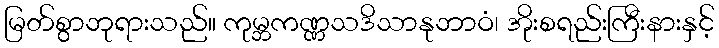
မြတ်စွာဘုရားသည်။ ကုမ္ဘကဏ္ဏသဒိသာနုဘာဝံ၊ အိုးစရည်းကြီးနားနှင့်